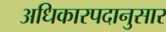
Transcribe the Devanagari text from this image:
अधिकारपदानुसार